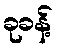
ခုခန့်